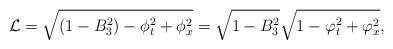
LaTeX: \begin{align*}{\cal L} = \sqrt{(1 - B_3^2) - \phi_t^2 + \phi_x^2 } = \sqrt{ 1 - B_3^2 } \sqrt{1 - \varphi_t^2 + \varphi_x^2},\end{align*}